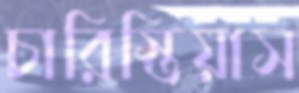
চারিস্তিয়াস